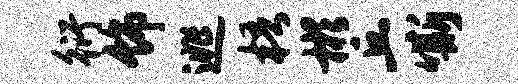
衍饰逃梧彬丘嘶